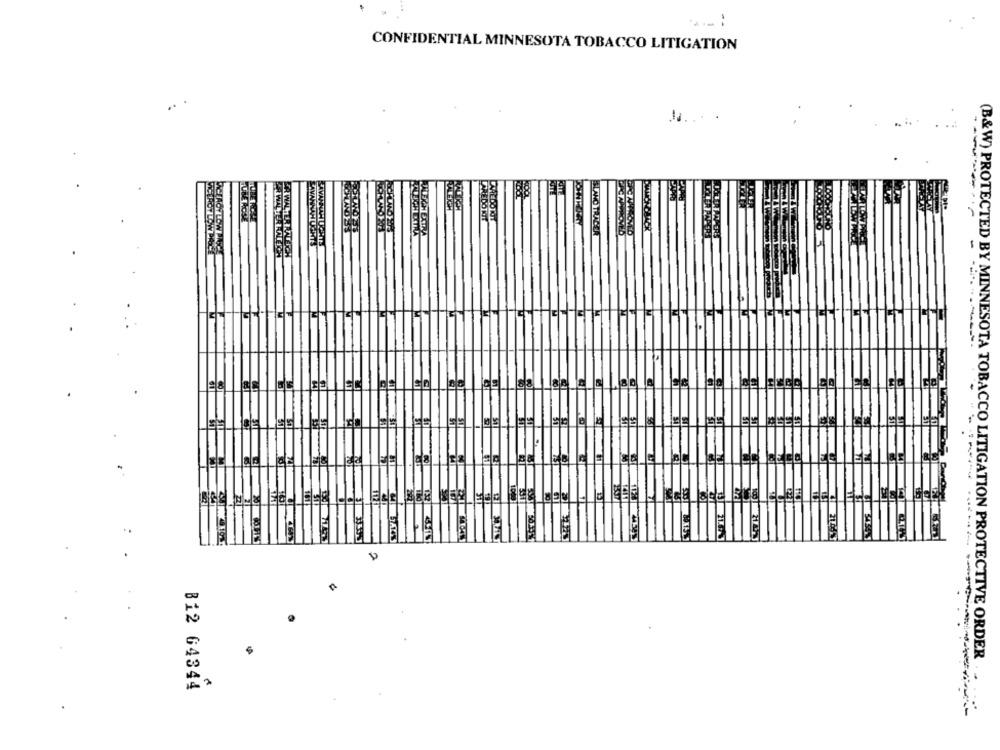
CONFIDENTIAL MINNESOTA TOBACCO LITIGATION
..
KITE
LAN
AREDORIT
CEROY LOW PA
SAVANNAH UGHTS
LECI
Tel
EELCEES
(B&W) PROTECTED BY MINNESOTA TOBACCO LITIGATION PROTECTIVE ORDER.
812 64344